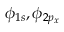
\phi _ { 1 s } , \phi _ { 2 p _ { x } }